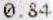
0.84